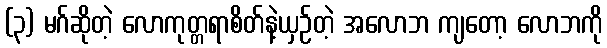
(၃) မဂ်ဆိုတဲ့ လောကုတ္တရာစိတ်နဲ့ယှဉ်တဲ့ အလောဘ ကျတော့ လောဘကို